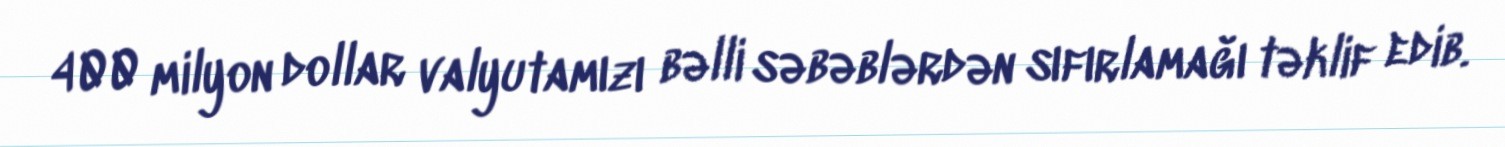
400 milyon dollar valyutamızı bəlli səbəblərdən sıfırlamağı təklif edib.